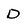
Character: D